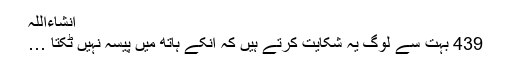
انشاءاللہ
439 بہت سے لوگ یہ شکایت کرتے ہیں کہ انکے ہاتھ میں پیسہ نہیں ٹکتا …